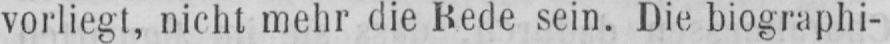
vorliegt, nicht mehr die Rede sein. Die biographi-